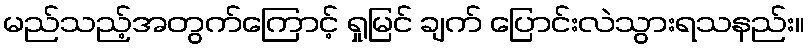
မည်သည့်အတွက်ကြောင့် ရှုမြင် ချက် ပြောင်းလဲသွားရသနည်း။